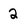
Character: 2